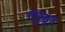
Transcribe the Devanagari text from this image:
तनुसूत्र